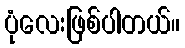
ပုံလေးဖြစ်ပါတယ်။